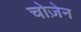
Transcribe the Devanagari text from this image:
चोज़ेन